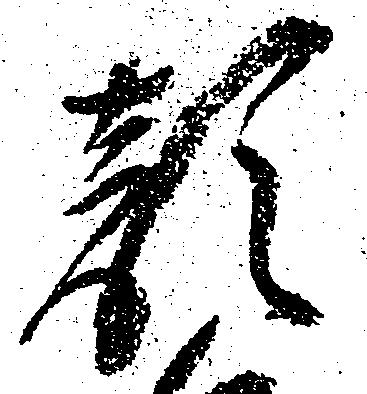
顔